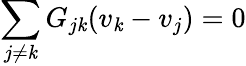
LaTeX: \sum_{j\neq\mathit{k}}G_{j\mathit{k}}(v_{\mathit{k}}-v_{j})=0